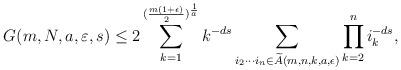
LaTeX: \begin{align*}G(m,N,a,\varepsilon, s) \leq 2 \sum_{k=1}^{({m(1+\epsilon) \over 2})^{{1 \over a}}} k^{-ds} \sum_{i_2\cdots i_n \in \widetilde{A}(m,n, k, a,\epsilon)} \prod_{k=2}^ni_k^{-ds},\end{align*}